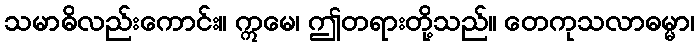
သမာဓိလည်းကောင်း။ ဣမေ၊ ဤတရားတို့သည်။ တေကုသလာဓမ္မာ၊